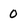
Character: 0